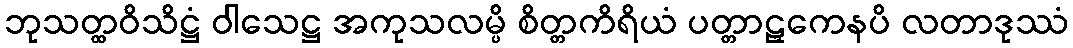
ဘုသတ္ထဝိသိဋ္ဌံ ဝါသေဋ္ဌ အကုသလမ္ပိ စိတ္တကိရိယံ ပတ္တာဠှကေနပိ လတာဒုဿံ